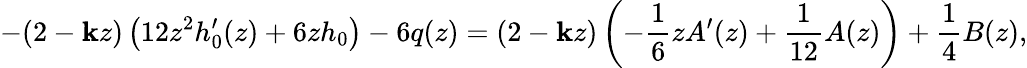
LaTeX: -(2-\mathbf{k}z)\left(12z^{2}h_{0}^{\prime}(z)+6zh_{0}\right)-6q(z)=(2-\mathbf{k}z)\left(-\frac{{1}}{{6}}zA^{\prime}(z)+\frac{{1}}{{12}}A(z)\right)+\frac{{1}}{{4}}B(z),